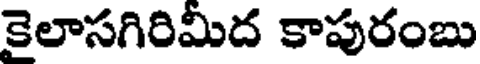
కైలాసగిరిమీద కాపురంబు